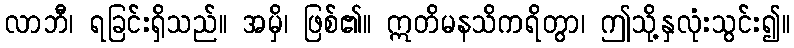
လာဘီ၊ ရခြင်းရှိသည်။ အမှိ၊ ဖြစ်၏။ ဣတိမနသိကရိတွာ၊ ဤသို့နှလုံးသွင်း၍။